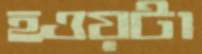
হওয়টা